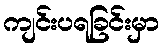
ကျင်းပရခြင်းမှာ